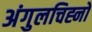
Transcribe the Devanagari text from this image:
अंगुलचिह्नों